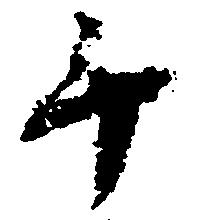
手